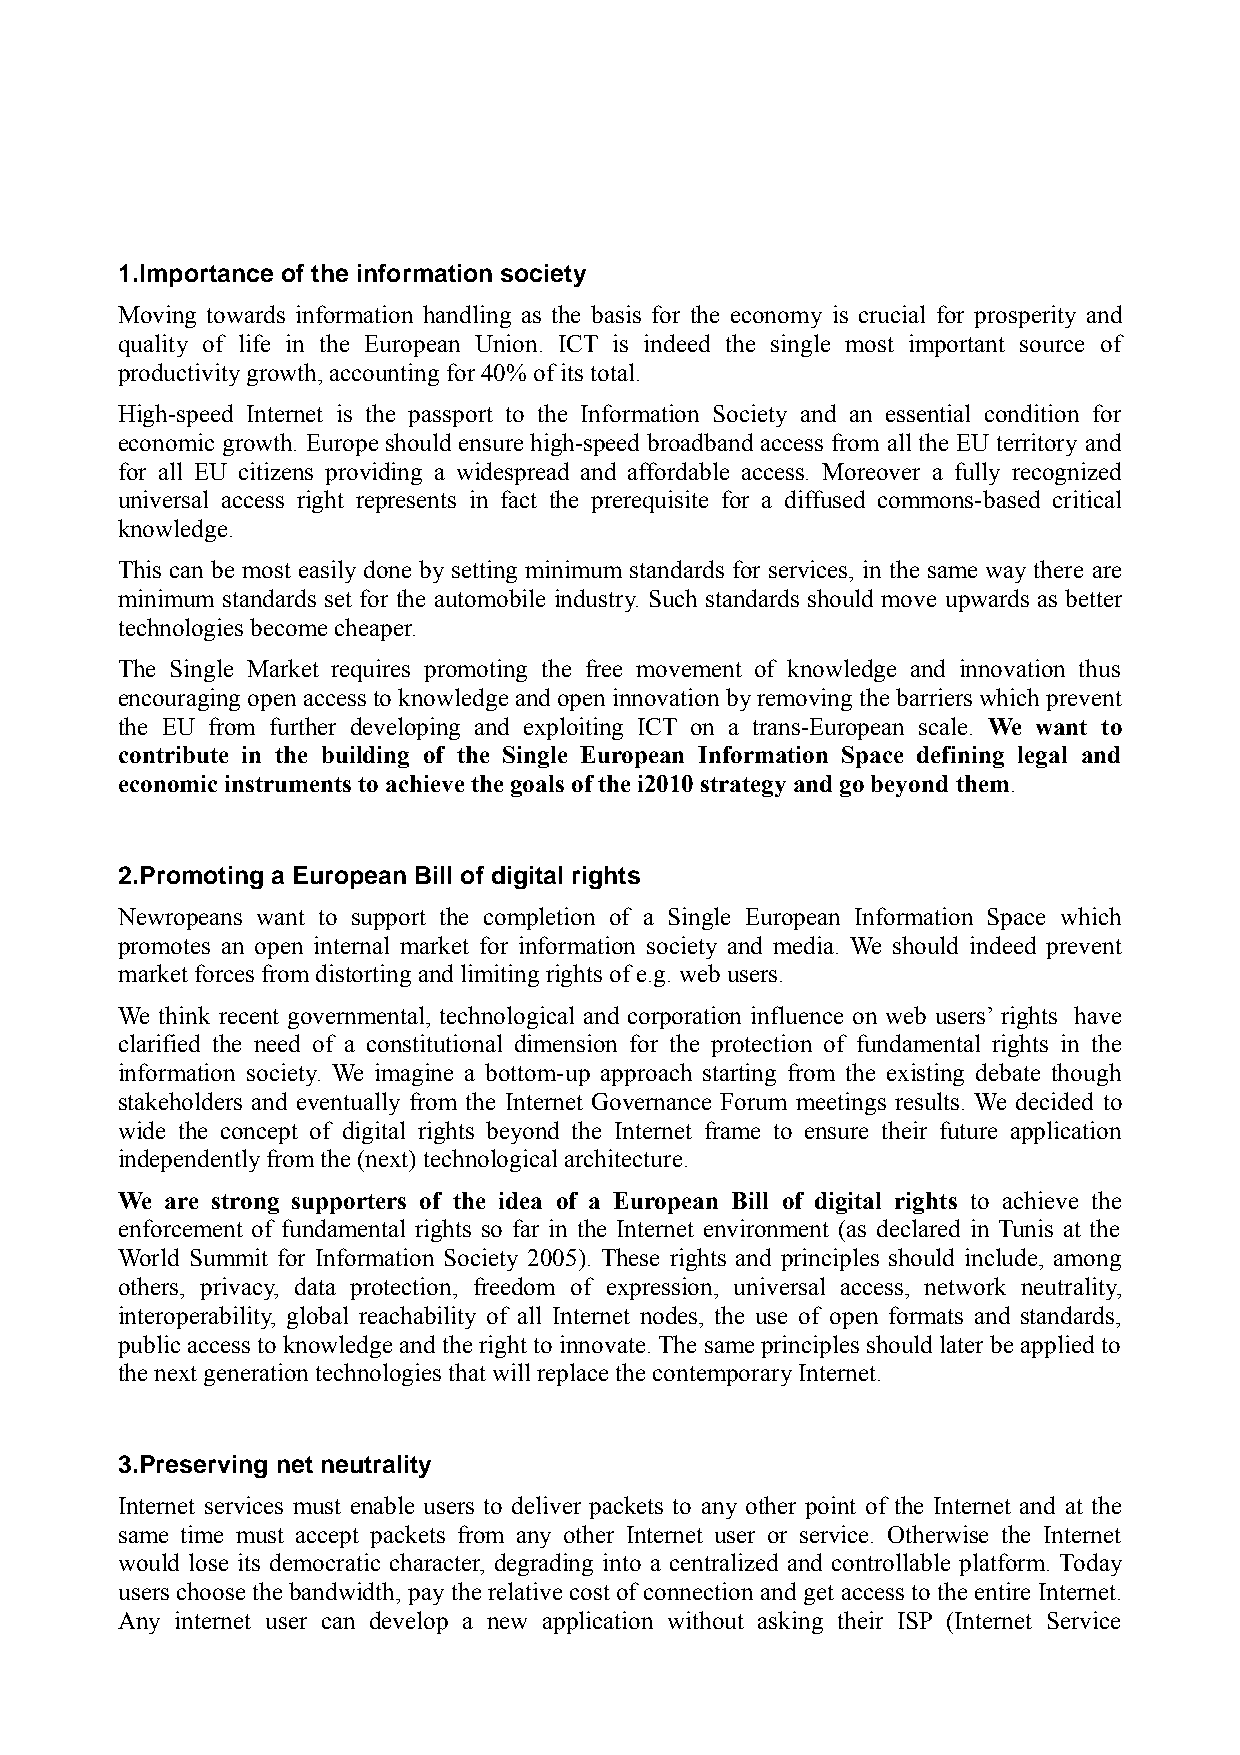
1.Importance of the information society
 Moving towards information handling as the basis for the economy is crucial for prosperity and
 quality of life in the European Union. ICT is indeed the single most important source of
 productivity growth, accounting for 40% of its total.
 High-speed Internet is the passport to the Information Society and an essential condition for
 economic growth. Europe should ensure high-speed broadband access from all the EU territory and
 for all EU citizens providing a widespread and affordable access. Moreover a fully recognized
 universal access right represents in fact the prerequisite for a diffused commons-based critical
 knowledge.
 This can be most easily done by setting minimum standards for services, in the same way there are
 minimum standards set for the automobile industry. Such standards should move upwards as better
 technologies become cheaper.
 The Single Market requires promoting the free movement of knowledge and innovation thus
 encouraging open access to knowledge and open innovation by removing the barriers which prevent
 the EU from further developing and exploiting ICT on a trans-European scale. We want to
 contribute in the building of the Single European Information Space defining legal and
 economic instruments to achieve the goals of the i2010 strategy and go beyond them.
 2.Promoting a European Bill of digital rights
 Newropeans want to support the completion of a Single European Information Space which
 promotes an open internal market for information society and media. We should indeed prevent
 market forces from distorting and limiting rights of e.g. web users.
 We think recent governmental, technological and corporation influence on web users’ rights have
 clarified the need of a constitutional dimension for the protection of fundamental rights in the
 information society. We imagine a bottom-up approach starting from the existing debate though
 stakeholders and eventually from the Internet Governance Forum meetings results. We decided to
 wide the concept of digital rights beyond the Internet frame to ensure their future application
 independently from the (next) technological architecture.
 We are strong supporters of the idea of a European Bill of digital rights to achieve the
 enforcement of fundamental rights so far in the Internet environment (as declared in Tunis at the
 World Summit for Information Society 2005). These rights and principles should include, among
 others, privacy, data protection, freedom of expression, universal access, network neutrality,
 interoperability, global reachability of all Internet nodes, the use of open formats and standards,
 public access to knowledge and the right to innovate. The same principles should later be applied to
 the next generation technologies that will replace the contemporary Internet.
 3.Preserving net neutrality
 Internet services must enable users to deliver packets to any other point of the Internet and at the
 same time must accept packets from any other Internet user or service. Otherwise the Internet
 would lose its democratic character, degrading into a centralized and controllable platform. Today
 users choose the bandwidth, pay the relative cost of connection and get access to the entire Internet.
 Any internet user can develop a new application without asking their ISP (Internet Service